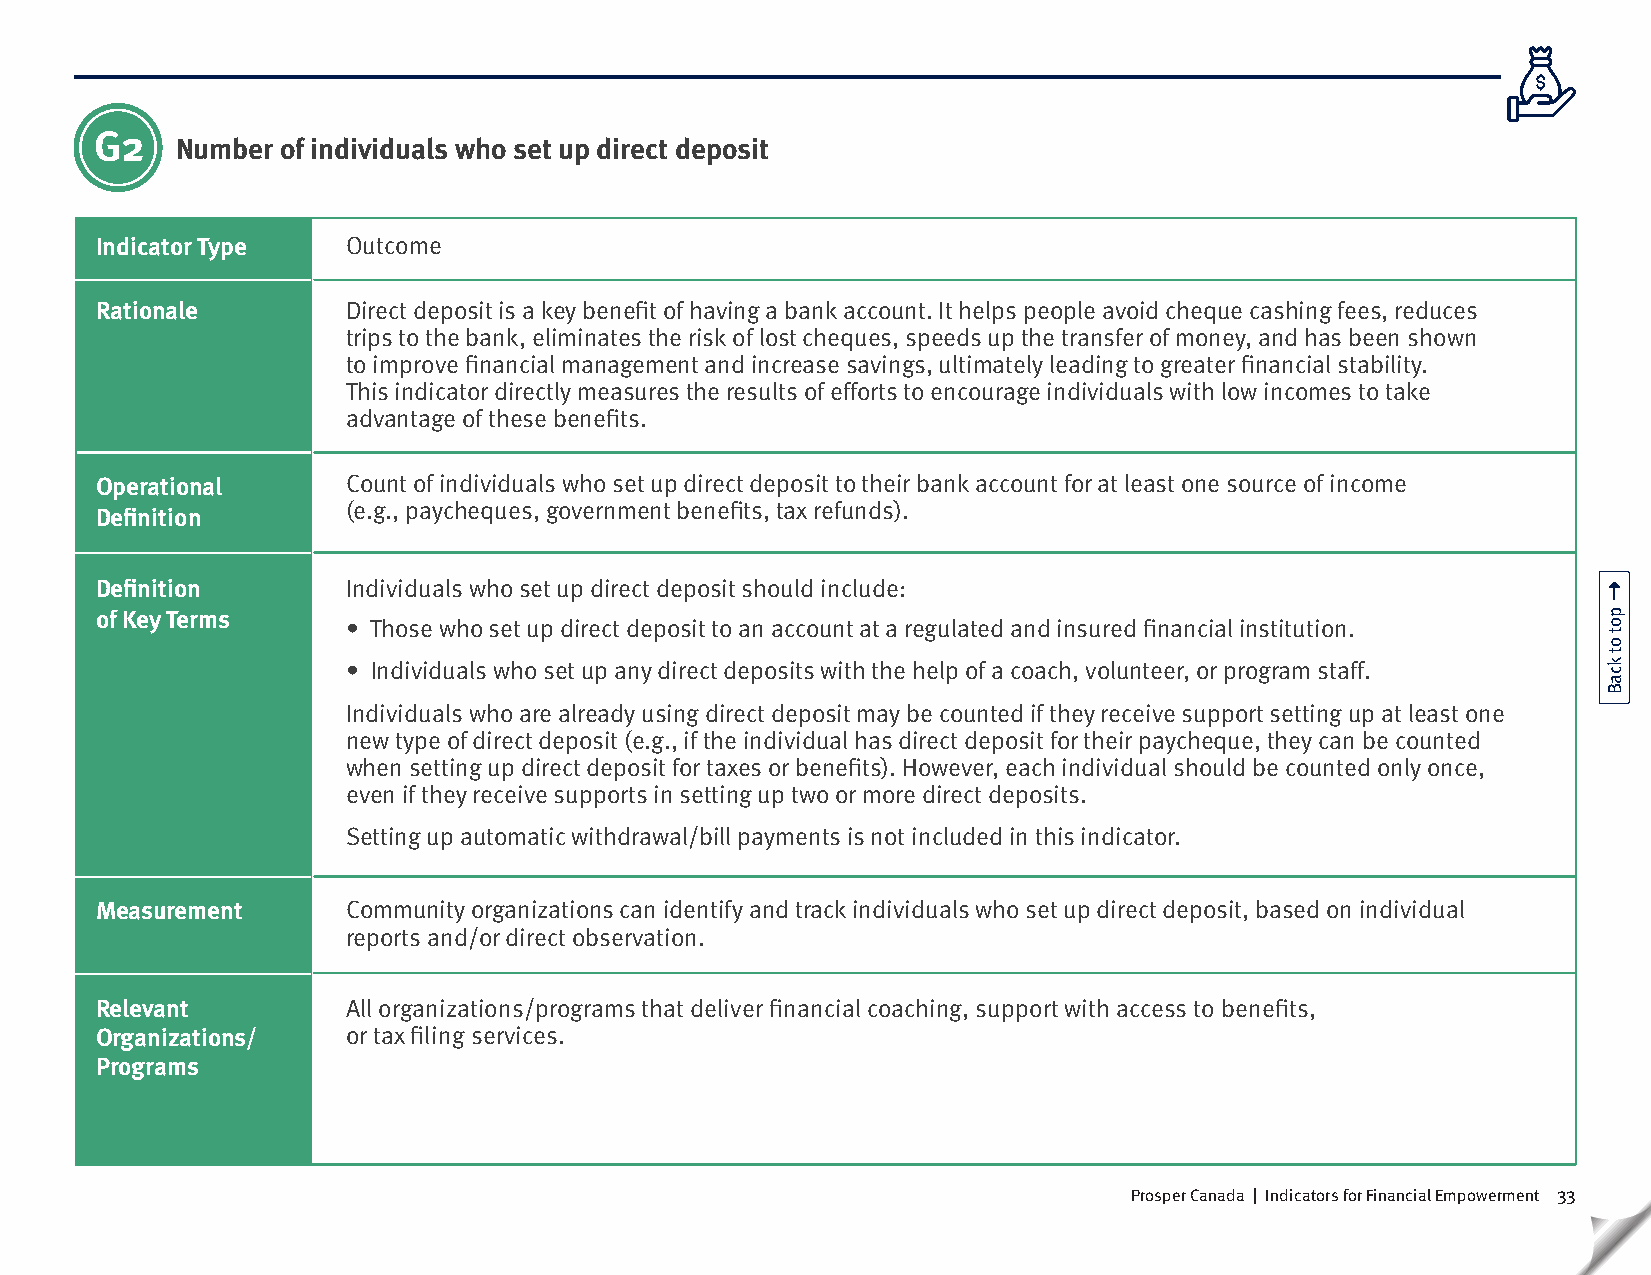
G2
 Number of individuals who set up direct deposit
 Indicator Type   Outcome
 Rationale        Direct deposit is a key benefit of having a bank account. It helps people avoid cheque cashing fees, reduces
 trips to the bank, eliminates the risk of lost cheques, speeds up the transfer of money, and has been shown
 to improve financial management and increase savings, ultimately leading to greater financial stability.
 This indicator directly measures the results of efforts to encourage individuals with low incomes to take
 advantage of these benefits.
 Operational      Count of individuals who set up direct deposit to their bank account for at least one source of income
 Definition
 (e.g., paycheques, government benefits, tax refunds).
 Definition       Individuals who set up direct deposit should include:
 of Key Terms
 • Those who set up direct deposit to an account at a regulated and insured financial institution.
 • Individuals who set up any direct deposits with the help of a coach, volunteer, or program staff.
 Individuals who are already using direct deposit may be counted if they receive support setting up at least one
 new type of direct deposit (e.g., if the individual has direct deposit for their paycheque, they can be counted
 when setting up direct deposit for taxes or benefits). However, each individual should be counted only once,
 even if they receive supports in setting up two or more direct deposits.
 Setting up automatic withdrawal/bill payments is not included in this indicator.
 Measurement      Community organizations can identify and track individuals who set up direct deposit, based on individual
 reports and/or direct observation.
 Relevant         All organizations/programs that deliver financial coaching, support with access to benefits,
 Organizations/   or tax filing services.
 Programs
 Prosper Canada | Indicators for Financial Empowerment 33
 pot
 ot
 kcaB